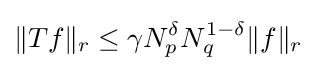
\|Tf\|_{r}\leq \gamma N_{p}^{\delta }N_{q}^{1-\delta }\|f\|_{r}